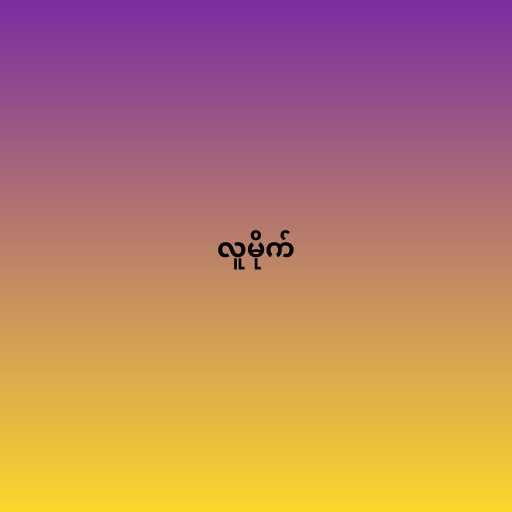
လူမိုက်